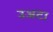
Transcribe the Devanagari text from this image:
उअटा